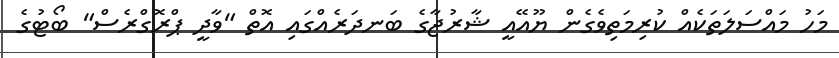
މަހު މައްސަލަތަކެއް ކުރިމަތިވެގެން ޔޫއޭއީ ޝާރުޖާގެ ބަނދަރެއްގައި އޮތް "ވާދީ ޕްރޮގްރެސް" ބޯޓުގެ